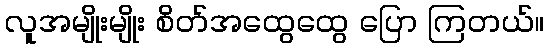
လူအမျိုးမျိုး စိတ်အထွေထွေ ပြော ကြတယ်။